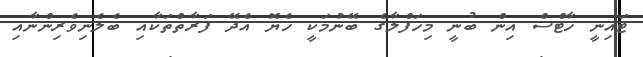
ޓައިނީ ހާޓްސް އިން ބުނީ މިހަފްލާގެ ބޭނުމަކީ ހެޔޮ އެދޭ ފަރާތްތަކާއި ބެލެނިވެރިންނާއި